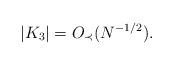
LaTeX: \begin{align*}|K_3|=O_{\prec}(N^{-1/2}).\end{align*}